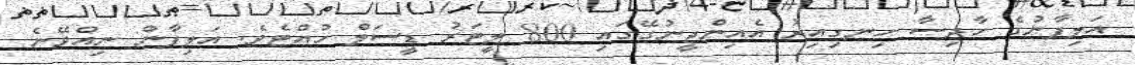
އަލިފާނުގެ ހާދިސާ ހިނގިއިރު އެއިންޖީނުގޭގައި 800 ލީޓަރު ޑީސަލް ހުއްޓެވެ. އަލިފާން ނިއްވޭނެ